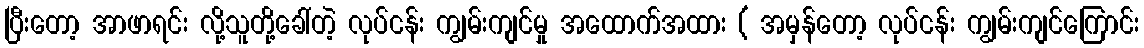
ပြီးတော့ အာဖာရင်း လို့သူတို့ခေါ်တဲ့ လုပ်ငန်း ကျွမ်းကျင်မှု အထောက်အထား ( အမှန်တော့ လုပ်ငန်း ကျွမ်းကျင်ကြောင်း